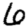
Digit: 6